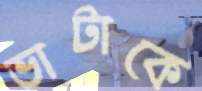
ভাটাকে